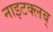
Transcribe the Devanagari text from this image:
नाइटक्लब्